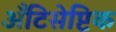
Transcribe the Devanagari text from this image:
अँटिसेप्टिक